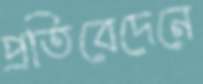
প্রতিবেদেনে